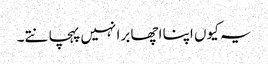
یہ کیوں اپنا اچھا برا نہیں پہچانتے۔